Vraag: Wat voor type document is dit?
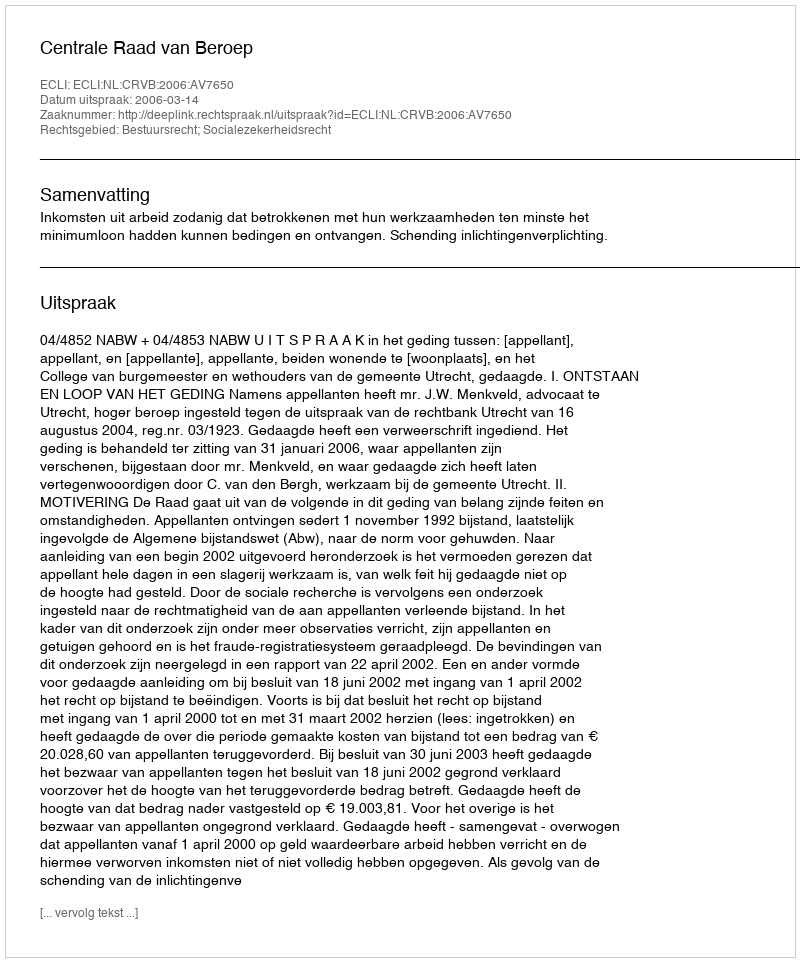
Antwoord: Uitspraak